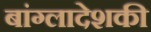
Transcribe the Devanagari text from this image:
बांग्लादेशकी